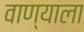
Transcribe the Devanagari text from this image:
वाण्याला